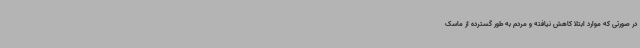
در صورتی که موارد ابتلا کاهش نیافته و مردم به طور گسترده از ماسک